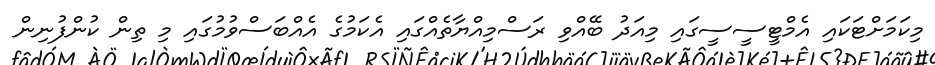
މިކަމަށްޓަކައި އެމްޓީސީސީގައި މިއަދު ބޭއްވި ރަސްމިއްޔާތެއްގައި އެކަމުގެ އެއްބަސްވުމުގައި މި ތިން ކުންފުނިން